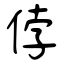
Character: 侼